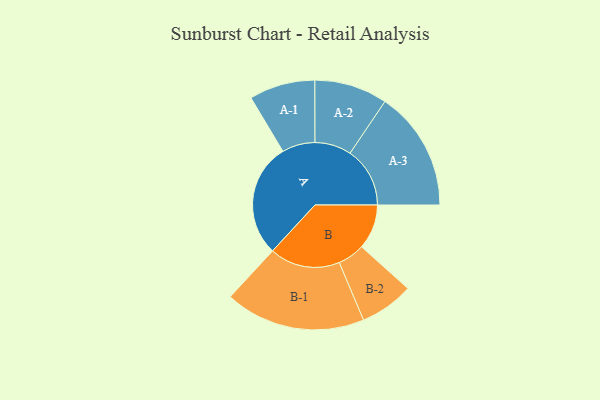
{"axis": {"x": "Segment", "y": "Value"}, "legend": ["", "A", "B"], "data": [{"x": "A", "y": 439, "type": ""}, {"x": "B", "y": 173, "type": ""}, {"x": "A-1", "y": 127, "type": "A"}, {"x": "A-2", "y": 141, "type": "A"}, {"x": "A-3", "y": 231, "type": "A"}, {"x": "B-1", "y": 271, "type": "B"}, {"x": "B-2", "y": 104, "type": "B"}]}